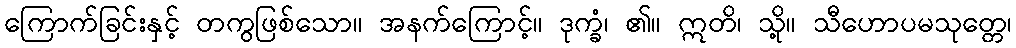
ကြောက်ခြင်းနှင့် တကွဖြစ်သော။ အနက်ကြောင့်။ ဒုက္ခံ၊ ၏။ ဣတိ၊ သို့။ သီဟောပမသုတ္တေ၊